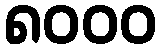
၈၀၀၀